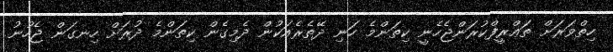
ހިތްވަރަށް ތަޢްރީފްކުރަންޖެހެނީ ކިތަންމެ ހަނި ދޭތެރެއަކުން ދެމިގެން ކިތަންމެ ދުރަށް ހިނގަން ޖެހުނު